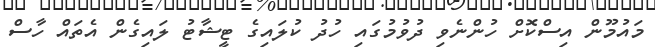
މައުމޫން އިސްކޮށް ހުންނެވި ދުވުމުގައި ހުދު ކުލައިގެ ޓީޝާޓު ލައިގެން އެތައް ހާސް